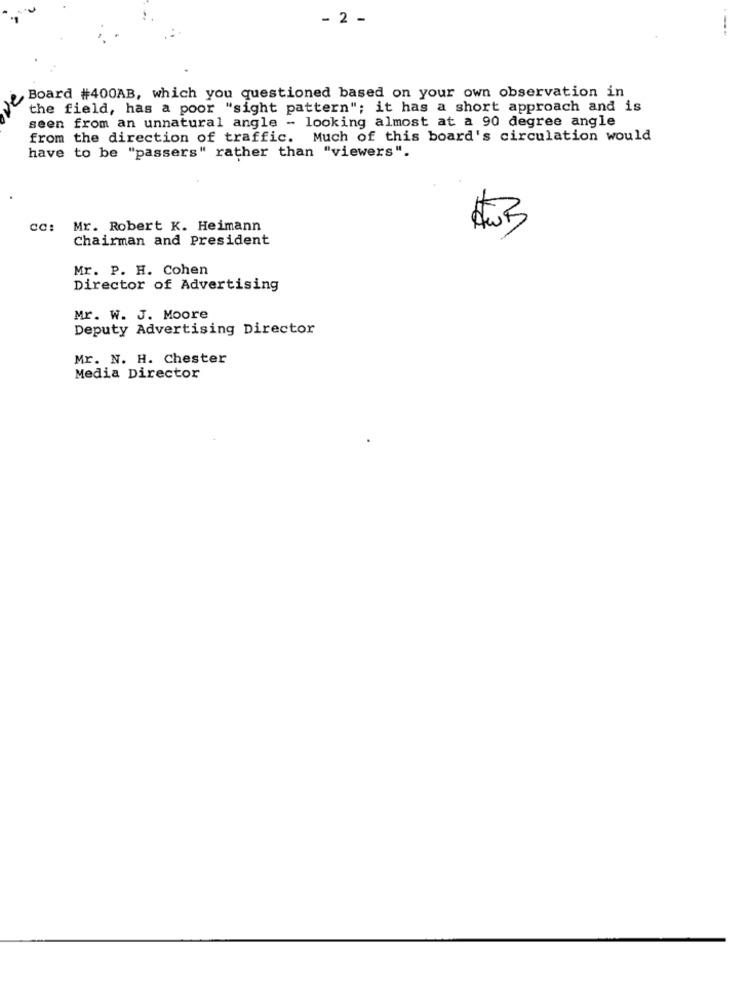
- 2 -
Board #400AB, which you questioned based on your own observation in
the field, has a poor "sight pattern"; it has a short approach and is
seen from an unnatural angle - looking almost at a 90 degree angle
from the direction of traffic. Much of this board's circulation would
have to be "passers" rather than "viewers".
cc: Mr. Robert K. Heimann
Chairman and President
Mr. P. H. Cohen
Director of Advertising
Mr. W. J. Moore
Deputy Advertising Director
Mr. N. H. Chester
Media Director